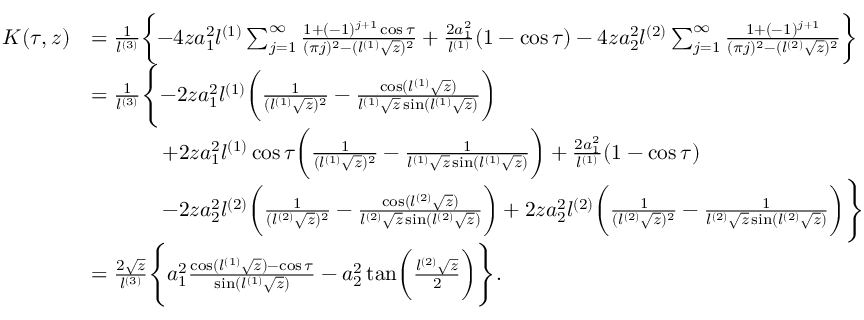
\begin{array} { r l } { K ( \tau , z ) } & { = \frac { 1 } { l ^ { ( 3 ) } } \biggl \{ - 4 z a _ { 1 } ^ { 2 } l ^ { ( 1 ) } \sum _ { j = 1 } ^ { \infty } \frac { 1 + ( - 1 ) ^ { j + 1 } \cos \tau } { ( \pi j ) ^ { 2 } - ( l ^ { ( 1 ) } \sqrt { z } ) ^ { 2 } } + \frac { 2 a _ { 1 } ^ { 2 } } { l ^ { ( 1 ) } } ( 1 - \cos \tau ) - 4 z a _ { 2 } ^ { 2 } l ^ { ( 2 ) } \sum _ { j = 1 } ^ { \infty } \frac { 1 + ( - 1 ) ^ { j + 1 } } { ( \pi j ) ^ { 2 } - ( l ^ { ( 2 ) } \sqrt { z } ) ^ { 2 } } \biggr \} } \\ & { = \frac { 1 } { l ^ { ( 3 ) } } \Biggl \{ - 2 z a _ { 1 } ^ { 2 } l ^ { ( 1 ) } \biggl ( \frac { 1 } { ( l ^ { ( 1 ) } \sqrt { z } ) ^ { 2 } } - \frac { \cos ( l ^ { ( 1 ) } \sqrt { z } ) } { l ^ { ( 1 ) } \sqrt { z } \sin ( l ^ { ( 1 ) } \sqrt { z } ) } \biggr ) } \\ & { \ \ \ \ \ \ \ \ \ \ + 2 z a _ { 1 } ^ { 2 } l ^ { ( 1 ) } \cos \tau \biggl ( \frac { 1 } { ( l ^ { ( 1 ) } \sqrt { z } ) ^ { 2 } } - \frac { 1 } { l ^ { ( 1 ) } \sqrt { z } \sin ( l ^ { ( 1 ) } \sqrt { z } ) } \biggr ) + \frac { 2 a _ { 1 } ^ { 2 } } { l ^ { ( 1 ) } } ( 1 - \cos \tau ) } \\ & { \ \ \ \ \ \ \ \ \ \ - 2 z a _ { 2 } ^ { 2 } l ^ { ( 2 ) } \biggl ( \frac { 1 } { ( l ^ { ( 2 ) } \sqrt { z } ) ^ { 2 } } - \frac { \cos ( l ^ { ( 2 ) } \sqrt { z } ) } { l ^ { ( 2 ) } \sqrt { z } \sin ( l ^ { ( 2 ) } \sqrt { z } ) } \biggr ) + 2 z a _ { 2 } ^ { 2 } l ^ { ( 2 ) } \biggl ( \frac { 1 } { ( l ^ { ( 2 ) } \sqrt { z } ) ^ { 2 } } - \frac { 1 } { l ^ { ( 2 ) } \sqrt { z } \sin ( l ^ { ( 2 ) } \sqrt { z } ) } \biggr ) \Biggr \} } \\ & { = \frac { 2 \sqrt { z } } { l ^ { ( 3 ) } } \Biggl \{ a _ { 1 } ^ { 2 } \frac { \cos ( l ^ { ( 1 ) } \sqrt { z } ) - \cos \tau } { \sin ( l ^ { ( 1 ) } \sqrt { z } ) } - a _ { 2 } ^ { 2 } \tan \biggl ( \frac { l ^ { ( 2 ) } \sqrt { z } } { 2 } \biggr ) \Biggr \} . } \end{array}